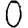
Digit: 0